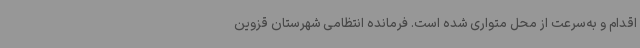
اقدام و به‌سرعت از محل متواری شده است. فرمانده انتظامی شهرستان قزوین